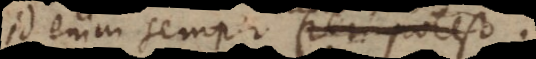
id enim semper fieri potest.